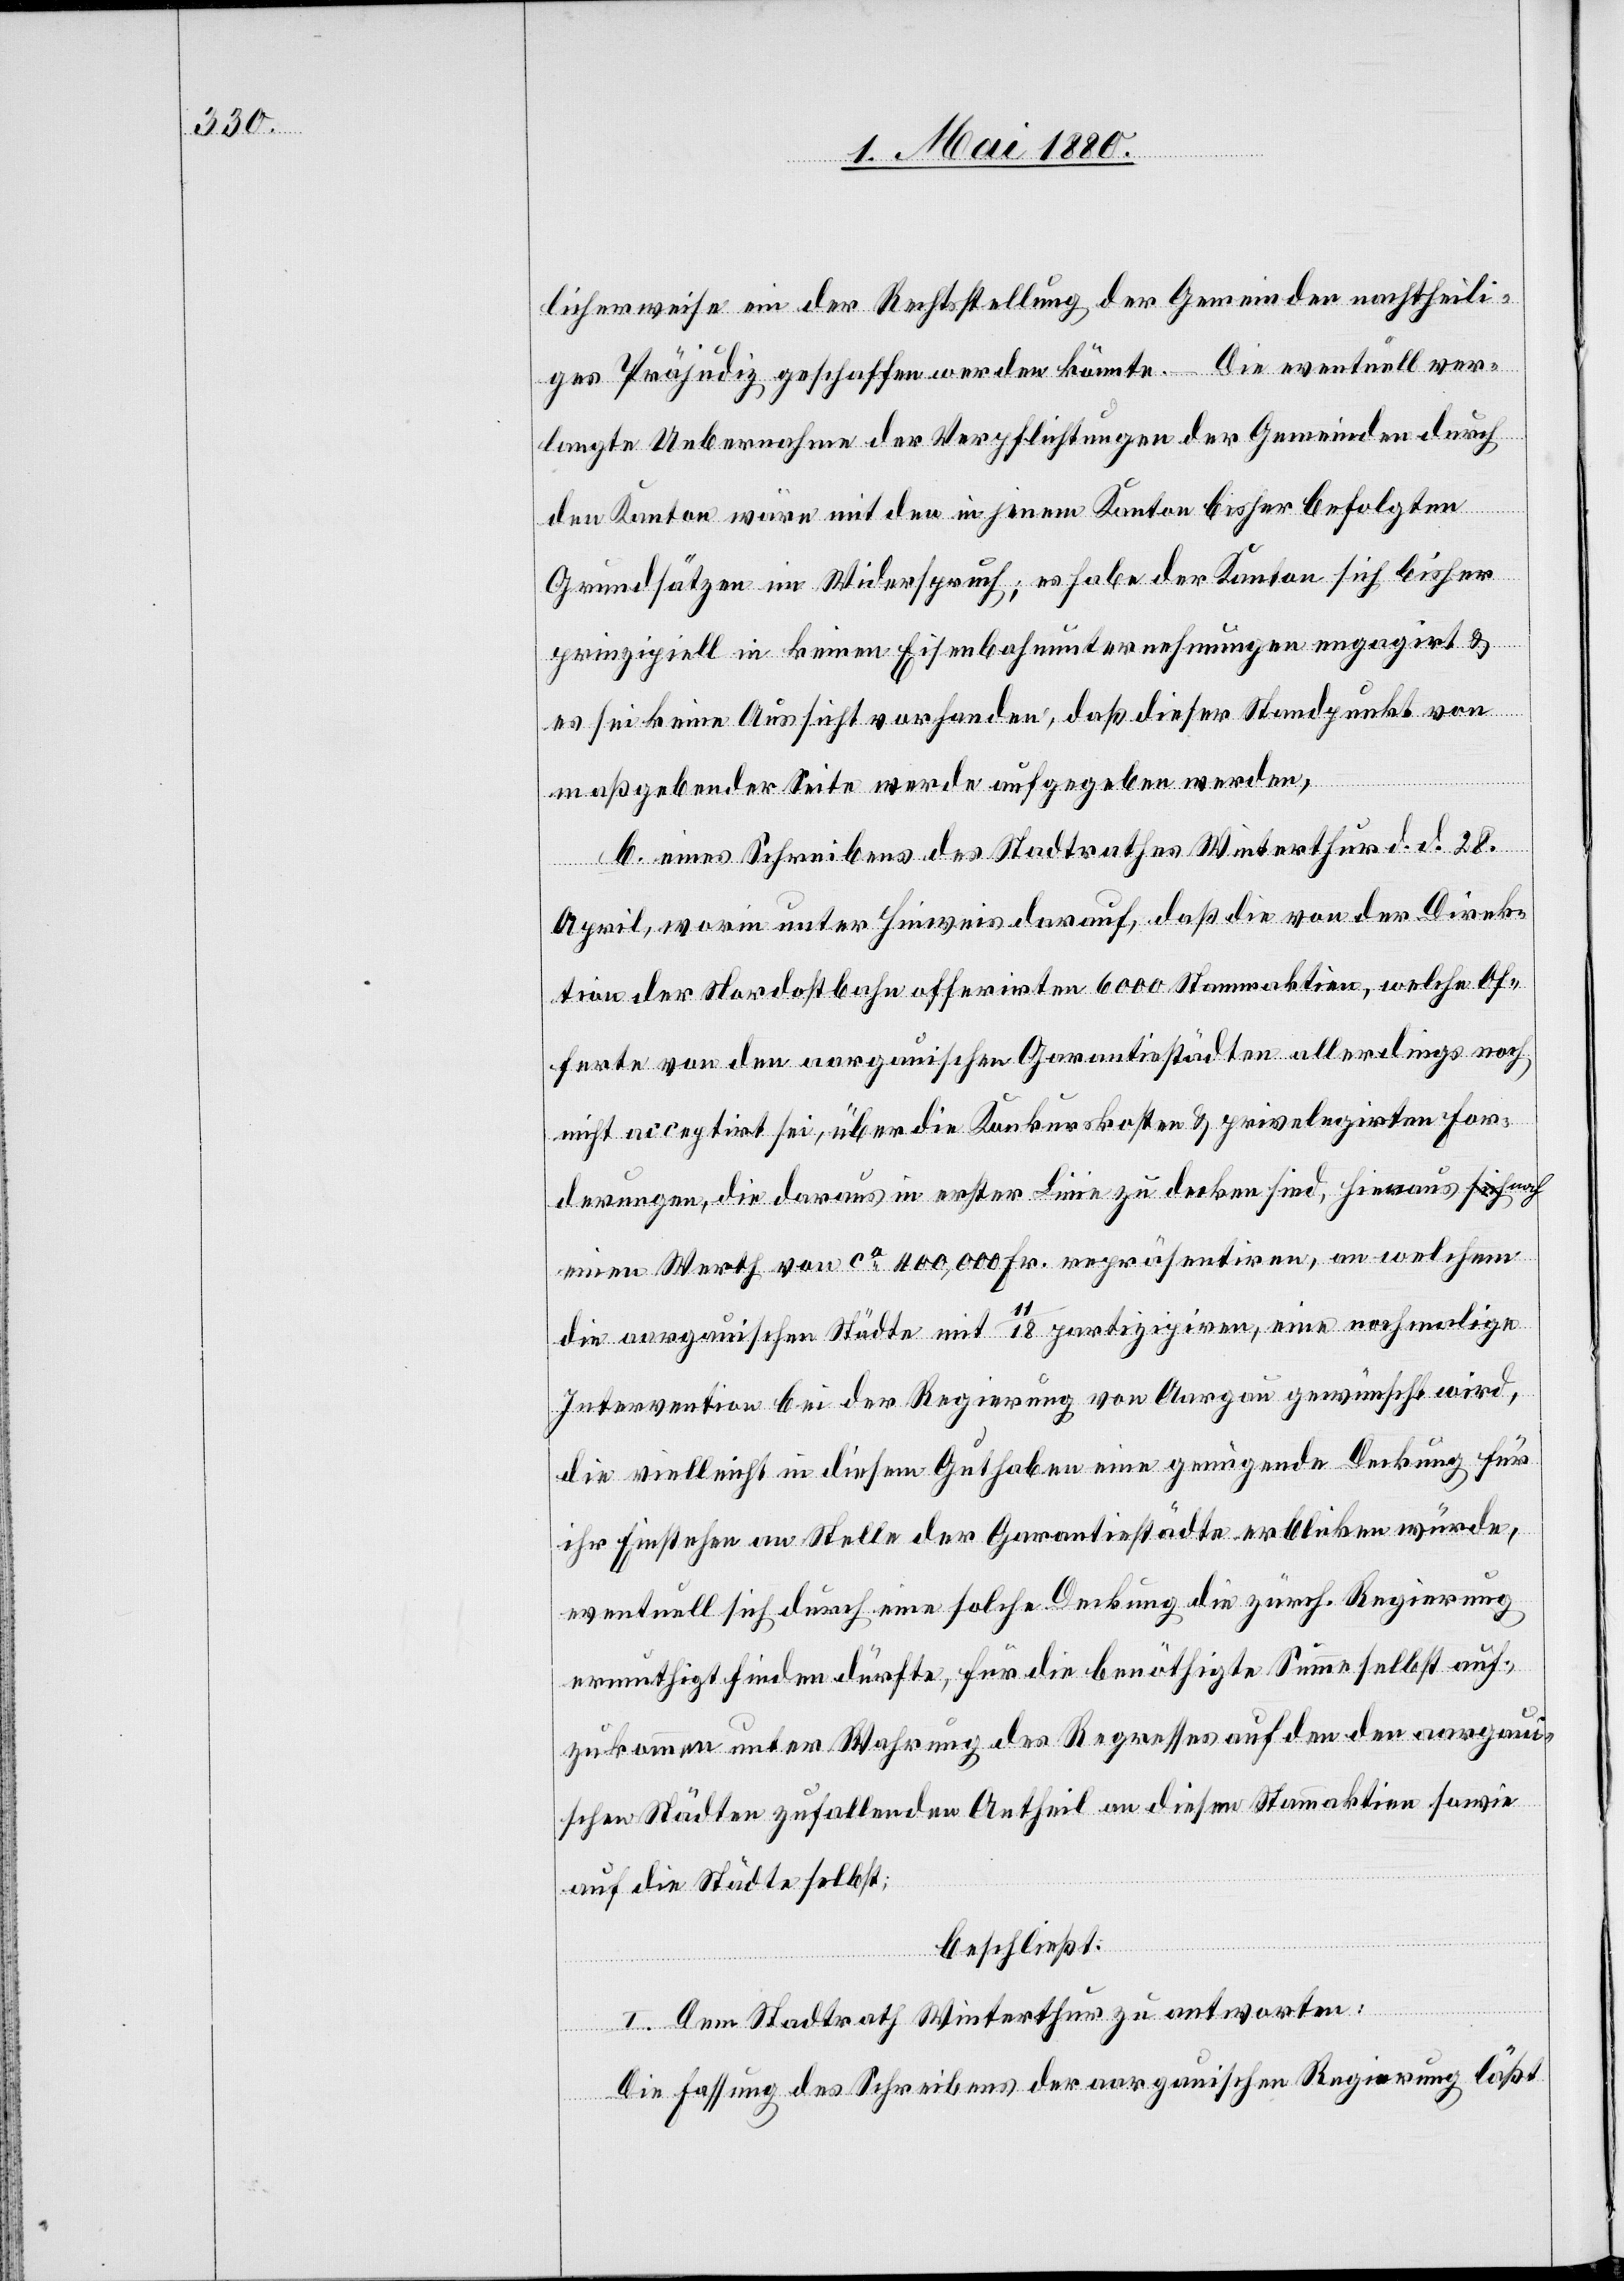
licherweise ein der Rechtsstellung der Gemeinden nachtheili¬
ges Präjudiz geschaffen werden könnte. Die eventuell ver¬
langte Uebernahme der Verpflichtungen der Gemeinden durch
den Kanton wäre mit den in jenem Kanton bisher befolgten
Grundsätzen im Widerspruch; es habe der Kanton sich bisher
prinzipiell in keinen Eisenbahnunternehmungen engagirt &
es sei keine Aussicht vorhanden, daß dieser Standpunkt von
maßgebender Seite werde aufgegeben werden,
b. eines Schreibens des Stadtrathes Winterthur d. d. 28.
April, worin unter Hinweis darauf, daß die von der Direk¬
tion der Nordostbahn offerirten 6000 Stammaktien, welche Of¬
ferte von den aargauischen Garantiestädten allerdings noch
nicht acceptirt, über die Konkurskosten & privelegirten For¬
derungen, die darauf in erster Linie zu decken sind, hinaus noch
einen Werth von ca 400,000 Fr. repräsentiren, an welchem
die aargauischen Städte mit 11/18 partizipiren, eine nochmalige
Intervention bei der Regierung von Aargau gewünscht wird,
die vielleicht in diesem Guthaben eine genügende Deckung für
ihr Einstehen an Stelle der Garantiestädte erblicken würde,
eventuell sich durch eine solche Deckung die zürch. Regierung
ermuthigt finden dürfte, für die benöthigte Summe selbst auf¬
zukommen unter Wahrung des Regresses auf den den aargaui¬
schen Städten zufallenden Antheil an diesen Stammaktien sowie
auf die Städte selbst;
beschließt:
I. Dem Stadtrath Winterthur zu antworten:
Die Fassung des Schreibens der aargauischen Regierung läßt